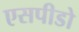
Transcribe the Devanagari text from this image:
एसपीडो